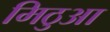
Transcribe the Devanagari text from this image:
मिठुआ